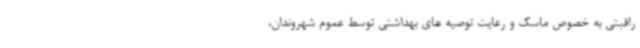
راقبتی به خصوص ماسک و رعایت توصیه های بهداشتی توسط عموم شهروندان،